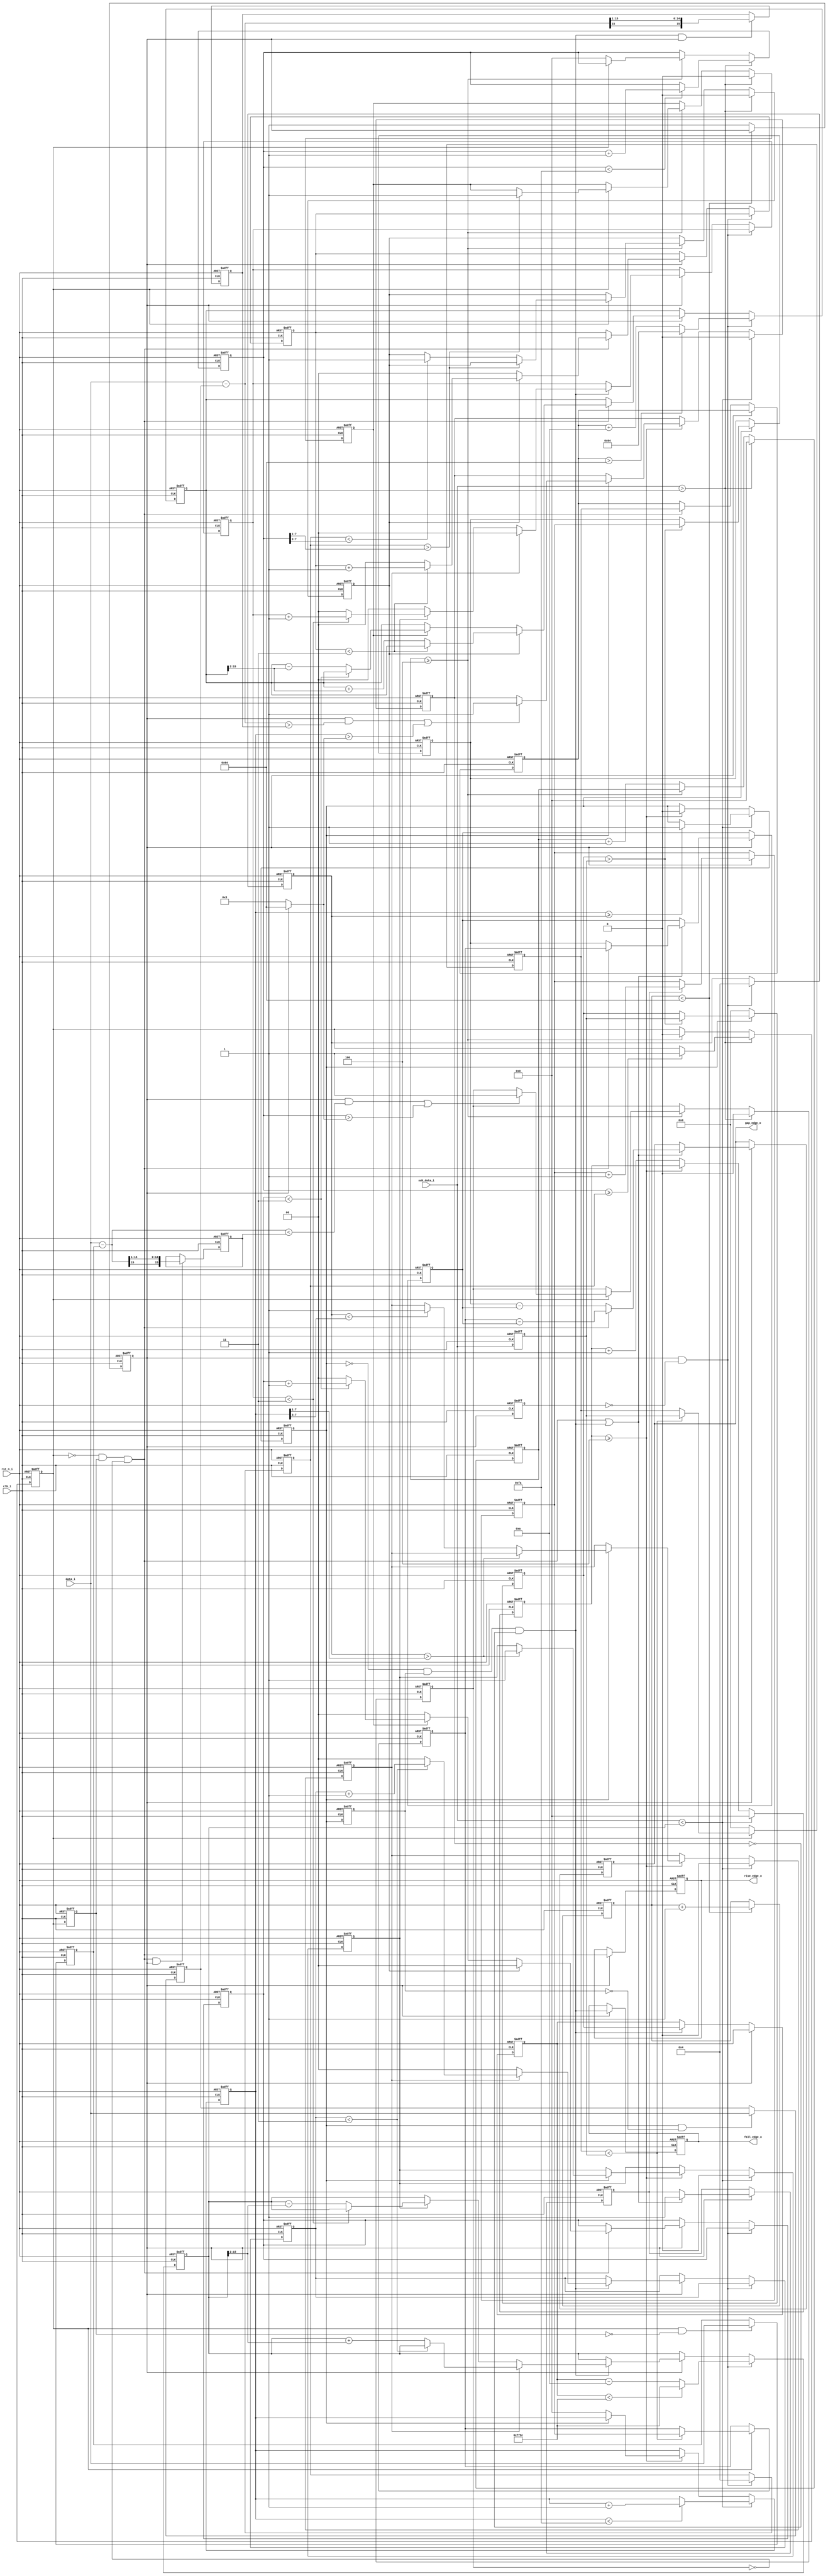
//created by zhouhang 20170208
//AD
//v1.0.0208

module Wave_Judge(
	clk_i,
	rst_n_i,
	
	data_i,
	sub_data_i,
	
	rise_edge_o,
	fall_edge_o,
	gap_edge_o
);
parameter SET_DEF_MIN_HIGH = 16'd100;
parameter SET_WIDTH_MAX = 8'd250;
parameter SET_LOCK_ZONE = 8'd100;
parameter SET_LOCK_NOISE = 8'd3; // 
parameter SET_EDGE_WIDTH = 8'd100; //
parameter SET_LOCK_HIGH_STEP = 16'd50;
parameter SET_LOCK_WIDTH_STEP = 8'd1;
parameter SET_RISE_WIDTH = 8'd4;
parameter SET_FALL_WIDTH = 8'd4;

input wire clk_i;
input wire rst_n_i;

input wire signed [15:0] data_i;
input wire signed [15:0] sub_data_i;

output reg rise_edge_o;
output reg fall_edge_o;
output reg [15:0] gap_edge_o;

reg flag_in_rise;
reg delay_in_rise;
wire pdg_in_rise;
wire ndg_in_rise;
reg flag_in_fall;
reg delay_in_fall;
wire ndg_in_fall;
wire pdg_in_fall;

reg flag_locked;
reg delay_locked;
wire pdg_locked;
reg [7:0] cnt_lock_zone;

reg signed [15:0] rise_th_high;
reg [7:0] rise_th_width;
reg [7:0] rise_cnt_width;
reg [7:0] rise_cnt_below;
wire rise_high_check;
wire rise_width_check;
wire rise_below_check;
reg rise_invalid_edge;
reg rise_turn_big;
reg rise_turn_small;

reg signed [15:0] fall_th_high;
reg [7:0] fall_th_width;
reg [7:0] fall_cnt_width;
reg [7:0] fall_cnt_below;
wire fall_high_check;
wire fall_width_check;
wire fall_below_check;
reg fall_invalid_edge;
reg fall_turn_big;
reg fall_turn_small;

reg [15:0] cnt_wave_point;
reg signed [15:0] cache_sub_data;

always@(posedge clk_i,negedge rst_n_i)
	begin
	if(!rst_n_i)
		begin
		delay_in_rise <= 1'b0;
		delay_in_fall <= 1'b0;
		delay_locked <= 1'b0;
		cache_sub_data <= 16'd0;
		end
	else
		begin
		delay_in_rise <= flag_in_rise;
		delay_in_fall <= flag_in_fall;
		delay_locked <= flag_locked;
		cache_sub_data <= sub_data_i;
		end
	end
	
assign ndg_in_rise = ((~flag_in_rise) & delay_in_rise) & (~rise_invalid_edge);
assign ndg_in_fall = ((~flag_in_fall) & delay_in_fall) & (~fall_invalid_edge);
assign pdg_in_rise = flag_in_rise & (~delay_in_rise);
assign pdg_in_fall = flag_in_fall & (~delay_in_fall);
assign pdg_locked = flag_locked & (~delay_locked);

//
assign rise_high_check = (sub_data_i > rise_th_high);
assign rise_width_check = (rise_cnt_width >= rise_th_width); 
assign rise_below_check = (rise_cnt_below >= SET_RISE_WIDTH);

reg signed [15:0] snap_rise_start;
reg signed [15:0] rise_most_high;
wire signed [15:0] rise_sub_high;
wire rise_check_high;
wire rise_check_width;

always@(posedge clk_i,negedge rst_n_i)
	begin
	if(!rst_n_i)
		begin
		snap_rise_start <= 16'd0;
		rise_most_high <= 16'd0;
		end
	else
		begin
		if(pdg_in_rise)
			begin
			snap_rise_start <= data_i;
			end
		if(ndg_in_rise & flag_locked)
			begin
			rise_most_high <= (rise_sub_high >>> 1);
			end
		end
	end
assign rise_sub_high = data_i - snap_rise_start;
assign rise_check_width = rise_cnt_width > (flag_locked?SET_EDGE_WIDTH:SET_LOCK_NOISE);
assign rise_check_high = flag_locked & (rise_sub_high < rise_most_high);

always@(posedge clk_i,negedge rst_n_i)
	begin
	if(!rst_n_i)
		begin
		flag_in_rise <= 1'b0;
		rise_cnt_width <= 8'd0;
		rise_cnt_below <= 8'd0;
		rise_invalid_edge <= 1'b0;
		rise_turn_big <= 1'b0;
		rise_turn_small <= 1'b0;
		end
	else
		begin
		if(rise_high_check)
			begin
			rise_invalid_edge <= 1'b0;
			rise_turn_big <= 1'b0;
			rise_turn_small <= 1'b0;
			rise_cnt_below <= 8'd0;
			if(rise_width_check)
				begin
				flag_in_rise <= 1'b1;
				end
			if(rise_cnt_width < SET_WIDTH_MAX)
				begin
				rise_cnt_width <= rise_cnt_width + 8'd1;
				end
			end
		else
			begin
			if(rise_below_check)
				begin
				if(flag_in_rise)	//
					begin
					flag_in_rise <= 1'b0;
					//
					if(rise_check_high | rise_check_width)
						begin
						rise_invalid_edge <= 1'b1;
						end
					if(rise_th_width > (rise_cnt_width >> 1))
						begin
						rise_turn_small <= 1'b1;
						end
					else if(rise_th_width < (rise_cnt_width >> 3))
						begin
						rise_turn_big <= 1'b1;
						end
					end
				else
					begin
					rise_cnt_width <= 8'd0;
					end
				end
			else
				begin
				rise_cnt_below <= rise_cnt_below + 8'd1;
				end
			end
		end
	end
	
//
assign fall_high_check = (sub_data_i < fall_th_high);
assign fall_width_check = (fall_cnt_width >= fall_th_width); 
assign fall_below_check = (fall_cnt_below >= SET_FALL_WIDTH);

reg signed [15:0] snap_fall_start;
reg signed [15:0] fall_most_high;
wire signed [15:0] fall_sub_high;
wire fall_check_high;
wire fall_check_width;

always@(posedge clk_i,negedge rst_n_i)
	begin
	if(!rst_n_i)
		begin
		snap_fall_start <= 16'd0;
		fall_most_high <= 16'd0;
		end
	else
		begin
		if(pdg_in_fall)
			begin
			snap_fall_start <= data_i;
			end
		if(ndg_in_fall & flag_locked)
			begin
			fall_most_high <= (fall_sub_high >>> 1);
			end
		end
	end
assign fall_sub_high = data_i - snap_fall_start;
assign fall_check_width = fall_cnt_width > (flag_locked?SET_EDGE_WIDTH:SET_LOCK_NOISE);
assign fall_check_high = flag_locked & (fall_sub_high > fall_most_high);

always@(posedge clk_i,negedge rst_n_i)
	begin
	if(!rst_n_i)
		begin
		flag_in_fall <= 1'b0;
		fall_cnt_width <= 8'd0;
		fall_cnt_below <= 8'd0;
		fall_invalid_edge <= 1'b0;
		fall_turn_big <= 1'b0;
		fall_turn_small <= 1'b0;
		end
	else
		begin
		if(fall_high_check)
			begin
			fall_invalid_edge <= 1'b0;
			fall_turn_big <= 1'b0;
			fall_turn_small <= 1'b0;
			fall_cnt_below <= 8'd0;
			if(fall_width_check)
				begin
				flag_in_fall <= 1'b1;
				end
			if(fall_cnt_width < SET_WIDTH_MAX)
				begin
				fall_cnt_width <= fall_cnt_width + 8'd1;
				end
			end
		else
			begin
			if(fall_below_check)
				begin
				if(flag_in_fall)	//
					begin
					flag_in_fall <= 1'b0;
					if(fall_check_high | fall_check_width)
						begin
						fall_invalid_edge <= 1'b1;
						end
					if(fall_th_width > (fall_cnt_width >> 1))
						begin
						fall_turn_small <= 1'b1;
						end
					else if(fall_th_width < (fall_cnt_width >> 3))
						begin
						fall_turn_big <= 1'b1;
						end
					end
				else
					begin
					fall_cnt_width <= 8'd0;
					end
				end
			else
				begin
				fall_cnt_below <= fall_cnt_below + 8'd1;
				end
			end
		end
	end
	
//
//
always@(posedge clk_i,negedge rst_n_i)
	begin
	if(!rst_n_i)
		begin
		cnt_lock_zone <= 8'd0;
		flag_locked <= 1'b0;
		end
	else
		begin		
		if(cnt_lock_zone < SET_LOCK_ZONE)
			begin
			cnt_lock_zone <= cnt_lock_zone + 8'd1;
			end
		else
			begin
			flag_locked <= 1'b1;
			end
		end
	end

//	
reg [15:0] snap_rise_point;
reg [15:0] snap_fall_point;
reg signed [15:0] rise_high_max;
reg signed [15:0] fall_high_max;
reg signed [15:0] rise_lock_max;
reg signed [15:0] fall_lock_max;

always@(posedge clk_i,negedge rst_n_i)
	begin
	if(!rst_n_i)
		begin
		rise_high_max <= 16'd0;
		fall_high_max <= 16'd0;
		snap_rise_point <= 16'd0;
		snap_fall_point <= 16'd0;
		end
	else
		begin
		if(flag_in_rise)
			begin
			if(rise_high_max < cache_sub_data)
				begin
				rise_high_max <= cache_sub_data;
				snap_rise_point <= cnt_wave_point;
				end
			end
		else
			begin
			rise_high_max <= 16'd0;
			end
			
		if(flag_in_fall)
			begin
			if(fall_high_max > cache_sub_data)
				begin
				fall_high_max <= cache_sub_data;
				snap_fall_point <= cnt_wave_point;
				end
			end
		else
			begin
			fall_high_max <= 16'd0;
			end
		end
	end

always@(posedge clk_i,negedge rst_n_i)
	begin
	if(!rst_n_i)
		begin
		rise_lock_max <= 16'd0;
		fall_lock_max <= 16'd0;
		end
	else
		begin
		if(~flag_locked)
			begin
			if(ndg_in_rise)
				begin
				rise_lock_max <= rise_high_max;
				end
			if(ndg_in_fall)
				begin
				fall_lock_max <= fall_high_max;
				end
			end
		end
	end

//	
wire signed [15:0] rise_change_step;
wire signed [15:0] fall_change_step;
reg [1:0] cnt_rise_tb;
reg [1:0] cnt_rise_ts;
reg [1:0] cnt_fall_tb;
reg [1:0] cnt_fall_ts;

assign rise_change_step = (rise_th_high >>> 2); //1/8
assign fall_change_step = (fall_th_high >>> 2); //1/8
always@(posedge clk_i,negedge rst_n_i)
	begin
	if(!rst_n_i)
		begin
		rise_th_high <= 16'd0;
		rise_th_width <= 8'd0;
		fall_th_high <= 16'd0;
		fall_th_width <= 8'd0;
		cnt_rise_tb <= 2'd0;
		cnt_rise_ts <= 2'd0;
		cnt_fall_tb <= 2'd0;
		cnt_fall_ts <= 2'd0;
		end
	else
		begin
		if(pdg_locked)
			begin
			rise_th_high <= (rise_lock_max > SET_DEF_MIN_HIGH)?
								SET_DEF_MIN_HIGH : (rise_lock_max + 16'd10);
			fall_th_high <= (fall_lock_max < (16'd0 - SET_DEF_MIN_HIGH)) ? 
								(16'd0 - SET_DEF_MIN_HIGH) : (fall_lock_max - 16'd10); 
			rise_th_width <= SET_RISE_WIDTH;
			fall_th_width <= SET_FALL_WIDTH;			
			end
		else
			begin
			if(flag_locked)
				begin
				if(ndg_in_rise)
					begin
					if(rise_turn_big)
						begin
						cnt_rise_ts <= 2'd0;
						if(cnt_rise_tb < 2'd3) 
							cnt_rise_tb <= cnt_rise_tb + 2'd1;
						else
							begin
							cnt_rise_tb <= 2'd0;
							rise_th_high <= rise_th_high + rise_change_step;
							end
						end
					else if(rise_turn_small)
						begin
						cnt_rise_tb <= 2'd0;
						if(cnt_rise_ts < 2'd3)
							cnt_rise_ts <= cnt_rise_ts + 2'd1;
						else
							begin
							cnt_rise_ts <= 2'd0;
							rise_th_high <= rise_th_high - rise_change_step;
							end
						end
					else
						begin
						cnt_rise_tb <= 2'd0;
						cnt_rise_ts <= 2'd0;
						end
					end
					
				if(ndg_in_fall)
					begin
					if(fall_turn_big)
						begin
						cnt_fall_ts <= 2'd0;
						if(cnt_fall_tb < 2'd3) 
							cnt_fall_tb <= cnt_fall_tb + 2'd1;
						else
							begin
							cnt_fall_tb <= 2'd0;
							fall_th_high <= fall_th_high + fall_change_step;
							end
						end
					else if(fall_turn_small)
						begin
						cnt_fall_tb <= 2'd0;
						if(cnt_fall_ts < 2'd3)
							cnt_fall_ts <= cnt_fall_ts + 2'd1;
						else
							begin
							cnt_fall_ts <= 2'd0;
							fall_th_high <= fall_th_high - fall_change_step;
							end
						end
					else
						begin
						cnt_fall_tb <= 2'd0;
						cnt_fall_ts <= 2'd0;
						end
					end
				end
			end
		end
	end
	
//

//sub_data_i
reg flag_ready_cnt;
reg [15:0] snap_last_edge;

always@(posedge clk_i,negedge rst_n_i)
	begin
	if(!rst_n_i)
		begin
		flag_ready_cnt <= 1'b0;
		cnt_wave_point <= 16'd0;
		snap_last_edge <= 16'd0;
		rise_edge_o <= 1'b0;
		fall_edge_o <= 1'b0;
		gap_edge_o <= 16'd0;
		end
	else
		begin
		if(flag_locked)
			begin
			rise_edge_o <= ndg_in_rise;
			fall_edge_o <= ndg_in_fall;
			if(ndg_in_rise | ndg_in_fall)
				begin
				flag_ready_cnt <= 1'b1;
				if(ndg_in_rise)
					begin
					gap_edge_o <= snap_rise_point - snap_last_edge;
					snap_last_edge <= snap_rise_point;
					end
				else
					begin
					gap_edge_o <= snap_fall_point - snap_last_edge;
					snap_last_edge <= snap_fall_point;
					end
				end
			
			if(flag_ready_cnt)
				begin
				cnt_wave_point <= cnt_wave_point + 16'd1;
				end		
			end
		end
	end
	
endmodule